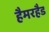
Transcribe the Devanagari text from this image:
हैमरहैड